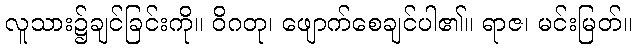
လူသား၌ချင်ခြင်းကို။ ဝိဂတု၊ ဖျောက်စေချင်ပါ၏။ ရာဇ၊ မင်းမြတ်။